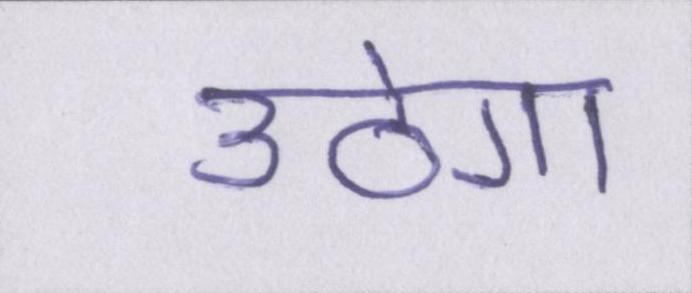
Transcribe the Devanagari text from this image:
उठेगा